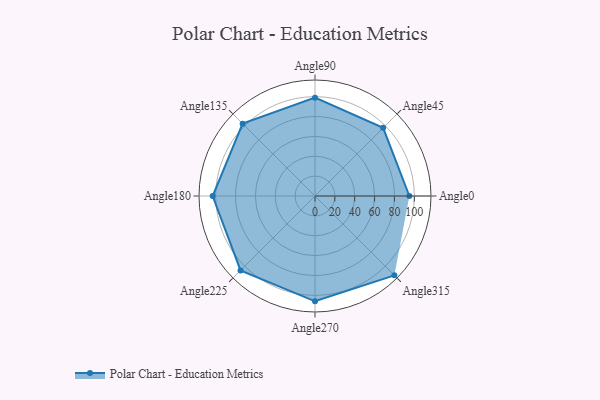
{"axis": {"x": "Angle", "y": "Radius"}, "legend": [""], "data": [{"x": "Angle0", "y": 95.0, "type": ""}, {"x": "Angle45", "y": 97.0, "type": ""}, {"x": "Angle90", "y": 99.0, "type": ""}, {"x": "Angle135", "y": 103.0, "type": ""}, {"x": "Angle180", "y": 103.0, "type": ""}, {"x": "Angle225", "y": 106.0, "type": ""}, {"x": "Angle270", "y": 106.0, "type": ""}, {"x": "Angle315", "y": 113.0, "type": ""}]}